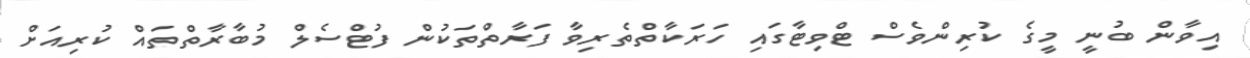
އިވާން ބުނީ މީގެ ކުރިންވެސް ޓްވިޓާގައި ހަރަކާތްތެރިވާ ފަރާތްތަކުން ފުޓްސެލް މުބާރާތްތައް ކުރިއަަށް